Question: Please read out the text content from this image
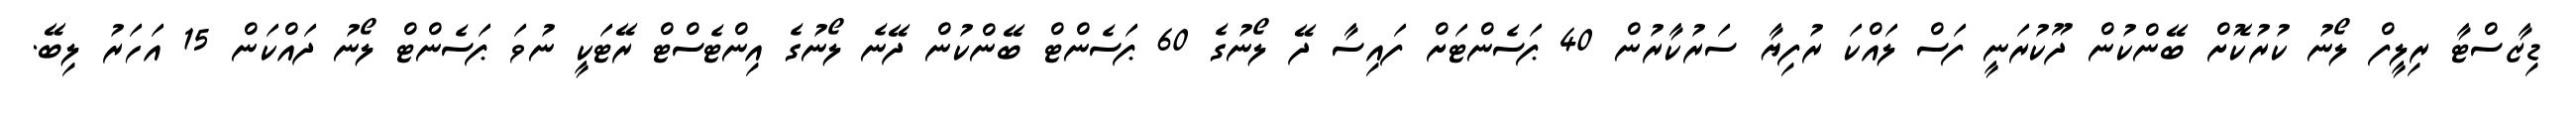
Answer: ޑިޒާސްޓާ ރިލީފް ލޯނު ކުރުކޮށް ބޭންކުން ދޫކުރަނީ ފަސް ލައްކަ ރުފިޔާ ސަރުކާރުން 40 ޕަސެންޓަށް ފައިސާ ދޭ ލޯނުގެ 60 ޕަސެންޓް ބޭންކުން ދޭނެ ލޯނުގެ އިންޓެސްޓް ރޭޓަކީ ނުވަ ޕަސެންޓް ލޯނު ދައްކަން 15 އަހަރު ލިބޭ.